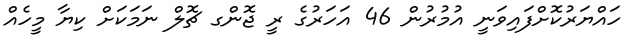
ހައްޔަރުކޮށްފައިވަނީ އުމުރުން 46 އަހަރުގެ ރީ ޖޮންގ ޗޮލް ނަމަކަށް ކިޔާ މީހެއް